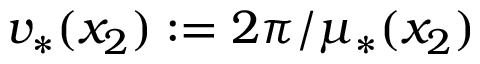
v _ { * } ( x _ { 2 } ) : = 2 \pi / \mu _ { * } ( x _ { 2 } )